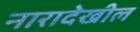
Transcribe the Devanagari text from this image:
नारादेखील